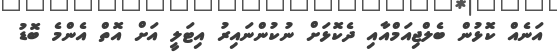
އަނެއް ކޮޅުން ބެލްޖިއަމްއާއި ދެކޮޅަށް ނުކުންނައިރު އިޓަލީ އަށް އޮތް އެންމެ ބޮޑު